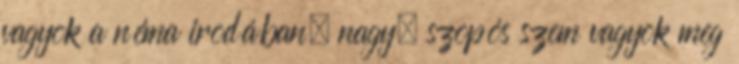
vagyok a néma irodában, nagy, szopós szem vagyok meg